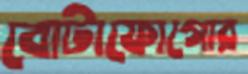
বোটাফোগোর